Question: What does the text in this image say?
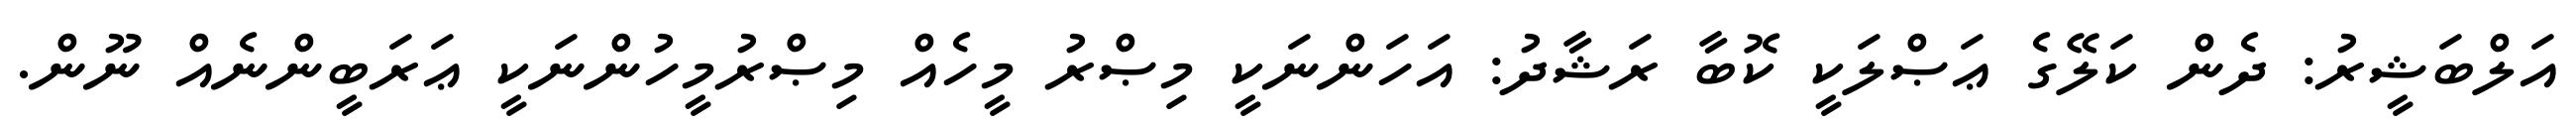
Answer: އަލްބަޝީރު: ދެން ކަލޭގެ ޢަޞްލަކީ ކޮބާ ރަޝާދު: އަހަންނަކީ މިޞްރު މީހެއް މިޞްރުމީހުންނަކީ ޢަރަބީންނެއް ނޫން.